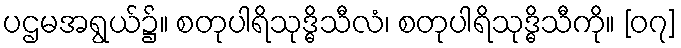
ပဌမအရွယ်၌။ စတုပါရိသုဒ္ဓိသီလံ၊ စတုပါရိသုဒ္ဓိသီကို။ [၀၇]